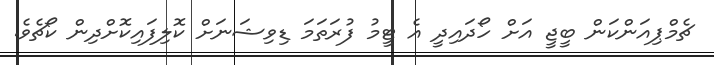
ޗެމްޕިއަންކަން ބީޖީ އަށް ހޯދައިދީ އެ ޓީމު ފުރަތަމަ ޑިވިޝަނަށް ކޮލިފައިކޮށްދިން ކޯޗެވެ.